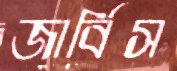
জার্বিস